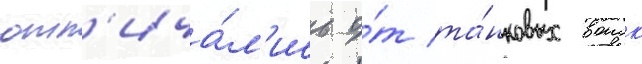
отл'ича́л'ись о́т та́нковых воиск